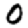
Digit: 0